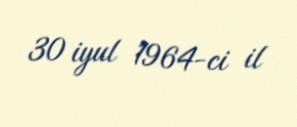
30 iyul 1964-ci il